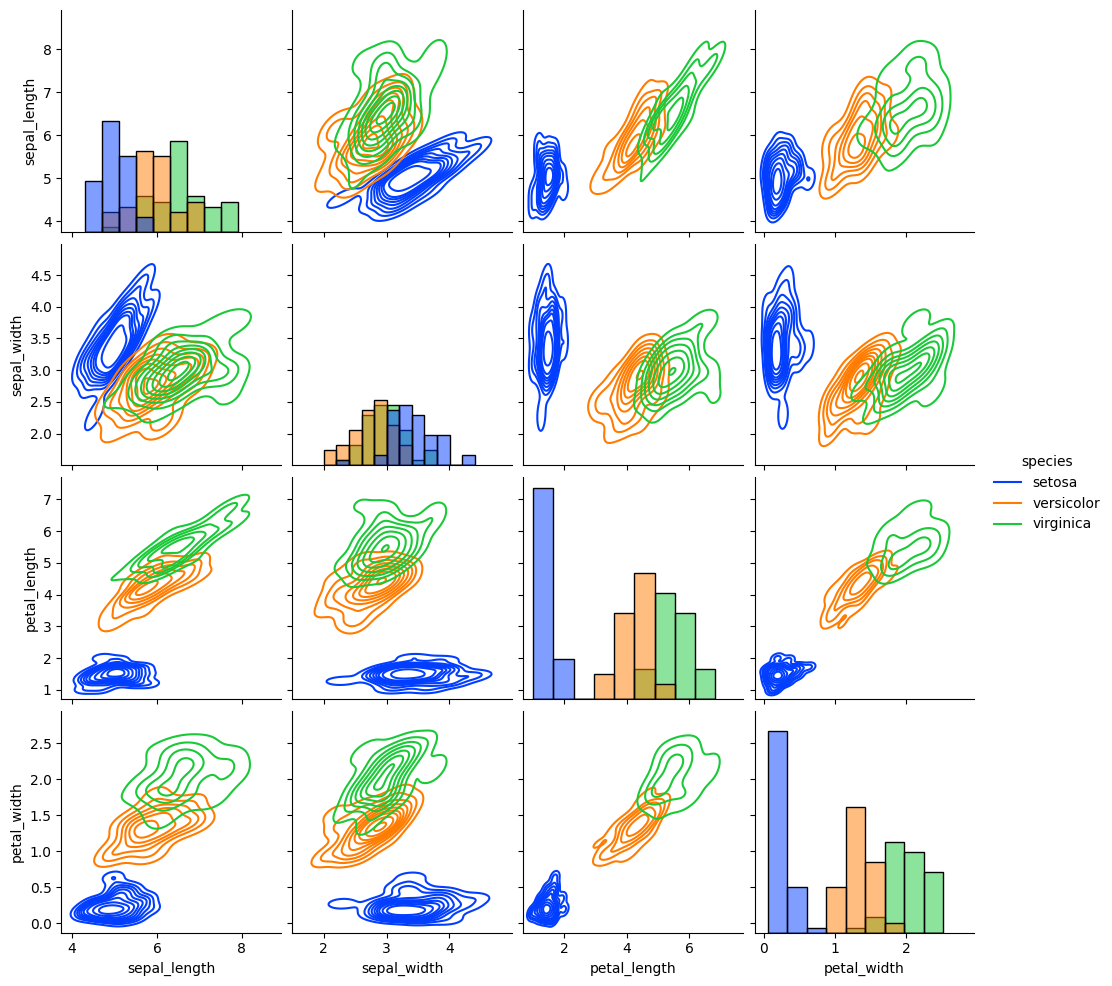
python, seaborn, pairplot, palette='bright', markers=['o'], kind='kde', diag_kind='hist'